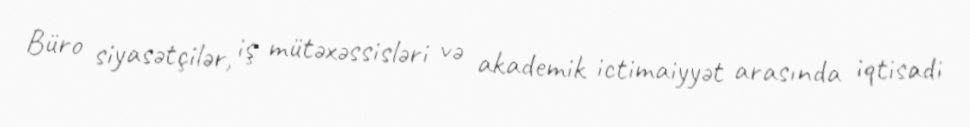
Büro siyasətçilər, iş mütəxəssisləri və akademik ictimaiyyət arasında iqtisadi